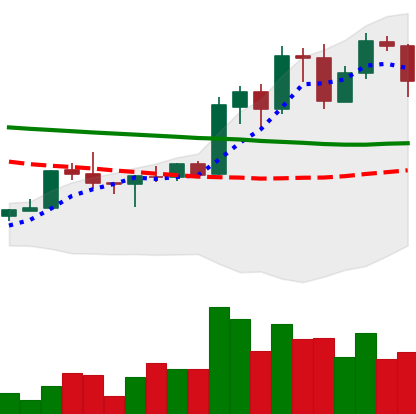
Ticker: ADA-USD
Chart end date: 2020-01-23
Forward return: 21.976%
Label: up_7plus